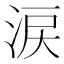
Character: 涙